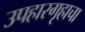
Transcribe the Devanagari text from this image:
उपहारगृहाचा